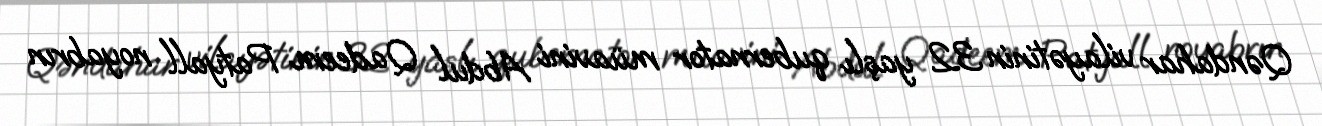
Qəndahar vilayətinin 32 yaşlı qubernator müavini Abdul Qadeem Patyall noyabrın